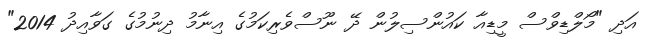
އަދި "މޯލްޑިވްސް މީޑިއާ ކައުންސިލުން ދޭ ނޫސްވެރިކަމުގެ އިނާމު ދިނުމުގެ ގަވާއިދު 2014"